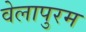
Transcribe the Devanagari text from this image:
वेलापुरम